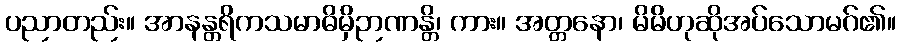
ပညာတည်း။ အာနန္တရိကသမာဓိမှိဉာဏန္တိ၊ ကား။ အတ္တနော၊ မိမိဟုဆိုအပ်သောမဂ်၏။